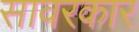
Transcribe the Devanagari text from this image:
सावरकार